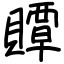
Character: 贉